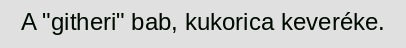
A "githeri" bab, kukorica keveréke.